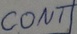
Text: CONT